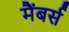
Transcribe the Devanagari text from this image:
मैंबर्स